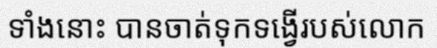
ទាំងនោះ បានចាត់ទុកទង្វើរបស់លោក